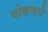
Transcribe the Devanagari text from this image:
घोकणारे